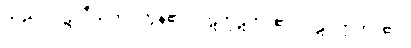
သည်။ ပဋိလီယတိ။ တွန့်၏။ ပဋိကုဋတိ၊ ၏။ ပဋိဝတ္တတိ၊ ၏။